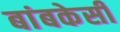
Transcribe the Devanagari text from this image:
बांबकेसी